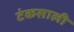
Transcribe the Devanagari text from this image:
टंकसाली